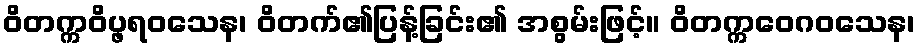
ဝိတက္ကဝိပ္ဖရဝသေန၊ ဝိတက်၏ပြန့်ခြင်း၏ အစွမ်းဖြင့်။ ဝိတက္ကဝေဂဝသေန၊